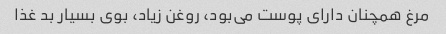
مرغ همچنان دارای پوست می‌بود، روغن زیاد، بوی بسیار بد غذا